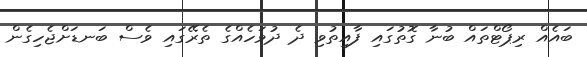
ބައެއް ރިޕޯޓްތައް ބުނާ ގޮތުގައި ފާއިތުވި ދެ ދުވަހެއްގެ ތެރޭގައި ވެސް ބަނޑަށްޖެހިގެން